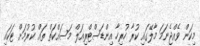
މިކަން ވެއްޖެނަމަ މާލޭގައި ކުރާ ހުރިހާ އިންޑަސްޓްރިއަލް މަސައްކަތް ތައް ކުރުމަށް ޓަކައި